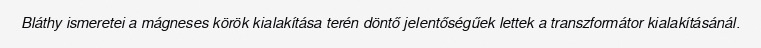
Bláthy ismeretei a mágneses körök kialakítása terén döntő jelentőségűek lettek a transzformátor kialakításánál.